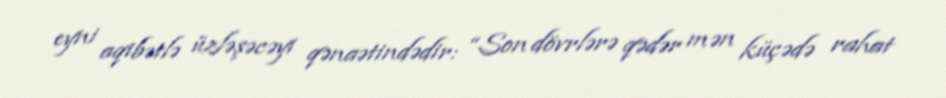
eyni aqibətlə üzləşəcəyi qənaətindədir: “Son dövrlərə qədər mən küçədə rahat